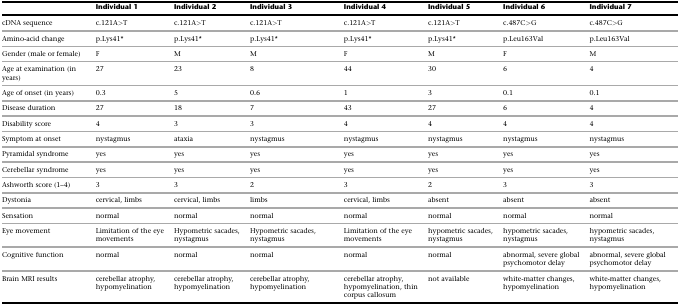
<table><thead><tr><td></td><td><b>Individual 1</b></td><td><b>Individual 2</b></td><td><b>Individual 3</b></td><td><b>Individual 4</b></td><td><b>Individual 5</b></td><td><b>Individual 6</b></td><td><b>Individual 7</b></td></tr></thead><tbody><tr><td>cDNA sequence</td><td>c.121A&gt;T</td><td>c.121A&gt;T</td><td>c.121A&gt;T</td><td>c.121A&gt;T</td><td>c.121A&gt;T</td><td>c.487C&gt;G</td><td>c.487C&gt;G</td></tr><tr><td>Amino-acid change</td><td>p.Lys41<sup>∗</sup></td><td>p.Lys41<sup>∗</sup></td><td>p.Lys41<sup>∗</sup></td><td>p.Lys41<sup>∗</sup></td><td>p.Lys41<sup>∗</sup></td><td>p.Leu163Val</td><td>p.Leu163Val</td></tr><tr><td>Gender (male or female)</td><td>F</td><td>M</td><td>M</td><td>F</td><td>M</td><td>F</td><td>M</td></tr><tr><td>Age at examination (in years)</td><td>27</td><td>23</td><td>8</td><td>44</td><td>30</td><td>6</td><td>4</td></tr><tr><td>Age of onset (in years)</td><td>0.3</td><td>5</td><td>0.6</td><td>1</td><td>3</td><td>0.1</td><td>0.1</td></tr><tr><td>Disease duration</td><td>27</td><td>18</td><td>7</td><td>43</td><td>27</td><td>6</td><td>4</td></tr><tr><td>Disability score</td><td>4</td><td>3</td><td>3</td><td>4</td><td>4</td><td>4</td><td>4</td></tr><tr><td>Symptom at onset</td><td>nystagmus</td><td>ataxia</td><td>nystagmus</td><td>nystagmus</td><td>nystagmus</td><td>nystagmus</td><td>nystagmus</td></tr><tr><td>Pyramidal syndrome</td><td>yes</td><td>yes</td><td>yes</td><td>yes</td><td>yes</td><td>yes</td><td>yes</td></tr><tr><td>Cerebellar syndrome</td><td>yes</td><td>yes</td><td>yes</td><td>yes</td><td>yes</td><td>yes</td><td>yes</td></tr><tr><td>Ashworth score (1–4)</td><td>3</td><td>3</td><td>2</td><td>3</td><td>2</td><td>3</td><td>3</td></tr><tr><td>Dystonia</td><td>cervical, limbs</td><td>cervical, limbs</td><td>limbs</td><td>cervical, limbs</td><td>absent</td><td>absent</td><td>absent</td></tr><tr><td>Sensation</td><td>normal</td><td>normal</td><td>normal</td><td>normal</td><td>normal</td><td>normal</td><td>normal</td></tr><tr><td>Eye movement</td><td>Limitation of the eye movements</td><td>Hypometric sacades, nystagmus</td><td>Hypometric sacades, nystagmus</td><td>Limitation of the eye movements</td><td>hypometric sacades, nystagmus</td><td>hypometric sacades, nystagmus</td><td>hypometric sacades, nystagmus</td></tr><tr><td>Cognitive function</td><td>normal</td><td>normal</td><td>normal</td><td>normal</td><td>normal</td><td>abnormal, severe global psychomotor delay</td><td>abnormal, severe global psychomotor delay</td></tr><tr><td>Brain MRI results</td><td>cerebellar atrophy, hypomyelination</td><td>cerebellar atrophy, hypomyelination</td><td>cerebellar atrophy, hypomyelination</td><td>cerebellar atrophy, hypomyelination, thin corpus callosum</td><td>not available</td><td>white-matter changes, hypomyelination</td><td>white-matter changes, hypomyelination</td></tr></tbody></table>